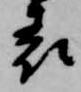
表